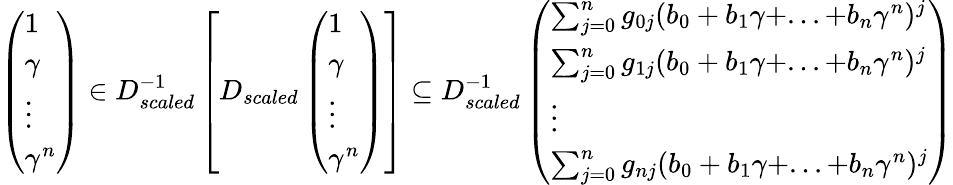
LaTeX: \begin{array}{r}{\left(\begin{array}{l}{1}\\ {\gamma}\\ {\vdots}\\ {\gamma^{n}}\end{array}\right)\in D_{scaled}^{-1}\left[D_{scaled}\left(\begin{array}{l}{1}\\ {\gamma}\\ {\vdots}\\ {\gamma^{n}}\end{array}\right)\right]\subseteq D_{scaled}^{-1}\left(\begin{array}{l}{\sum_{j=0}^{n}g_{0j}(b_{0}+b_{1}\gamma+...+b_{n}\gamma^{n})^{j}}\\ {\sum_{j=0}^{n}g_{1j}(b_{0}+b_{1}\gamma+...+b_{n}\gamma^{n})^{j}}\\ {\vdots}\\ {\sum_{j=0}^{n}g_{nj}(b_{0}+b_{1}\gamma+...+b_{n}\gamma^{n})^{j}}\end{array}\right)}\end{array}